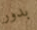
بدور